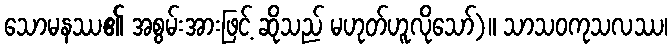
သောမနဿ၏ အစွမ်းအားဖြင့် ဆိုသည် မဟုတ်ဟူလိုသော်)။ သာသဝကုသလဿ၊